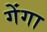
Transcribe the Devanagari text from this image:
गेंगा